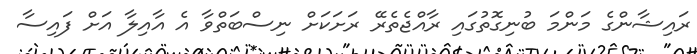
ރައިޝާންގެ މަންމަ ބުނިގޮތުގައި ރާއްޖެތެރޭ ރަށަކަށް ނިސްބަތްވާ އެ އާއިލާ އަށް ފައިސާ